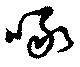
啄